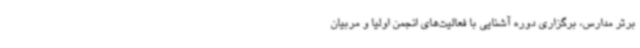
برتر مدارس، برگزاری دوره آشنایی با فعالیت‌های انجمن اولیا و مربیان